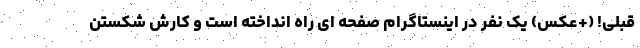
قبلی! (+عکس) یک نفر در اینستاگرام صفحه ای راه انداخته است و کارش شکستن